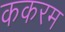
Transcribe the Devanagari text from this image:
ककरम